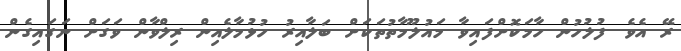
ރޭ އެވެ. ފުލުހުން ހާމަކޮށްފައިވާ މައުލޫމާތުތަކަށް ބަލާއިރު ހުޅުމާލެއިން ރިލްވާން ވަގަށް ނަގައިގެން